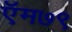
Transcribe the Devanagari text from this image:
ऍम७९